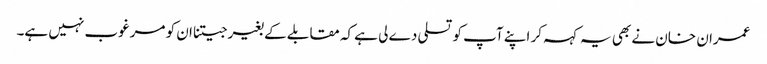
عمران خان نے بھی یہ کہہ کر اپنے آپ کو تسلی دے لی ہے کہ مقابلے کے بغیر جیتنا ان کو مرغوب نہیں ہے۔